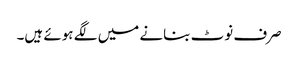
صرف نوٹ بنانے میں لگے ہوئے ہیں۔